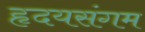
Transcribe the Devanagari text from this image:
हृदयसंगम